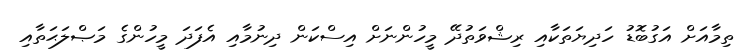
ތިމާއަށް އަގުބޮޑު ހަދިޔަތަކާއި ރިޝްވަތުދޭ މީހުންނަށް އިސްކަން ދިނުމާއި އެފަދަ މީހުންގެ މަޞްލަޙަތާއި